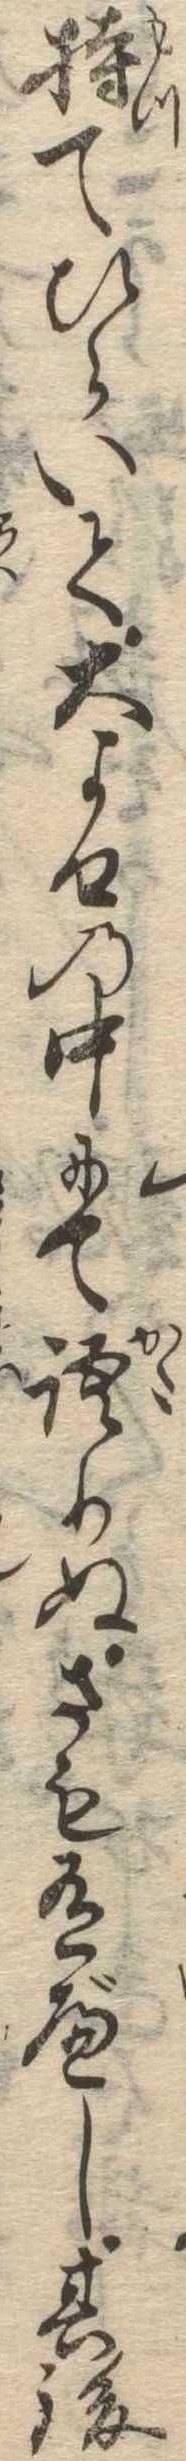
持てひらいて大よせの中にて語りぬさも有べし其後